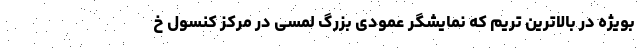
بویژه در بالاترین تریم که نمایشگر عمودی بزرگ لمسی در مرکز کنسول خ